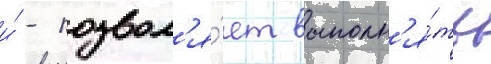
и́ - позвол'я́ет выполн'я́ть